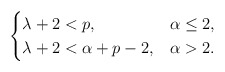
\begin{align*}\begin{cases}\lambda +2 < p , & \alpha\leq 2 , \\\lambda +2 < \alpha+p-2, & \alpha > 2 .\end{cases}\end{align*}